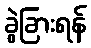
ခွဲခြားရန်